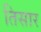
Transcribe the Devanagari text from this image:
तिसार